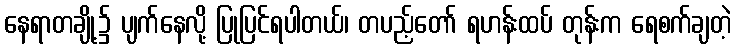
နေရာတချို့၌ ပျက်နေလို့ ပြုပြင်ရပါတယ်၊ တပည့်တော် ရဟန်းထပ် တုန်းက ရေစက်ချတဲ့